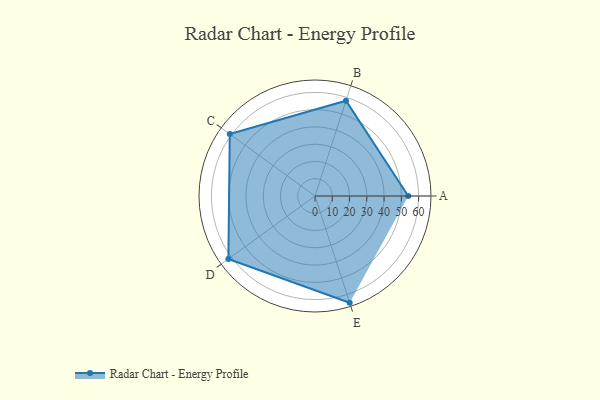
{"axis": {"x": "Skill", "y": "Score"}, "legend": ["Profile"], "data": [{"x": "A", "y": 54.0, "type": "Profile"}, {"x": "B", "y": 58.0, "type": "Profile"}, {"x": "C", "y": 61.0, "type": "Profile"}, {"x": "D", "y": 62.0, "type": "Profile"}, {"x": "E", "y": 65.0, "type": "Profile"}]}